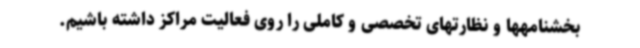
بخشنامهها و نظارتهای تخصصی و کاملی را روی فعالیت مراکز داشته باشیم.